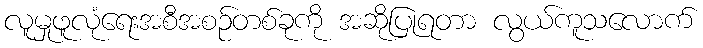
လူမှုဖူလုံရေးအစီအစဉ်တစ်ခုကို အဆိုပြုရတာ လွယ်ကူသလောက်